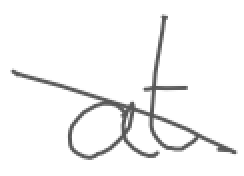
Text: at
Cross-out: diagonal
Writing tool: digital_gray